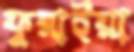
ফুরাইয়া